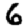
Digit: 6